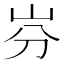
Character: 𡵳